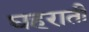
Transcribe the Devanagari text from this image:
घहराती